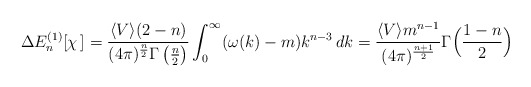
\begin{align*}\Delta E^{(1)}_{n}[\chi\,]= \frac{\langle V \rangle (2-n) }{(4\pi)^\frac{n}{2} \Gamma\left(\frac{n}{2}\right)} \int_0^\infty (\omega(k)-m) k^{n-3}\, dk = \frac{\langle V \rangle m^{n-1}}{(4\pi)^\frac{n+1}{2}} \Gamma\Bigl(\frac{1-n}{2}\Bigr)\end{align*}